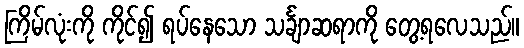
ကြိမ်လုံးကို ကိုင်၍ ရပ်နေသော သင်္ချာဆရာကို တွေ့ရလေသည်။